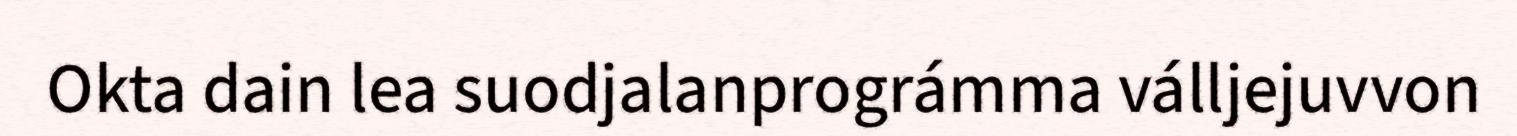
Okta dain lea suodjalanprográmma válljejuvvon